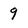
Character: 9